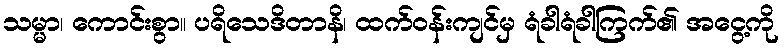
သမ္မာ၊ ကောင်းစွာ။ ပရိသေဒိတာနိ၊ ထက်ဝန်းကျင်မှ ရံခါရံခါကြက်၏ အငွေ့ကို